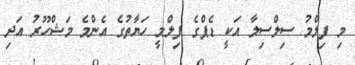
މި ފިލްމު ސިލްސިލާ އަކީ ޑެޕްގެ ފިލްމީ ހަޔާތުގެ އެންމެ މަޝްހޫރު އަދި